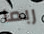
ربما